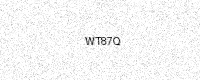
Text: WT87Q